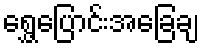
ရွှေ့ပြောင်းအခြေချ